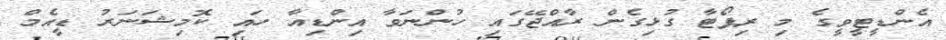
އެންޑީޓީވީގެ މި ރިޕޯޓާ ގުޅިގެން ރާއްޖޭގައި ހުންނަވާ އިންޑިއާ ހައި ކޮމިޝަނަރު ޑީއެމް